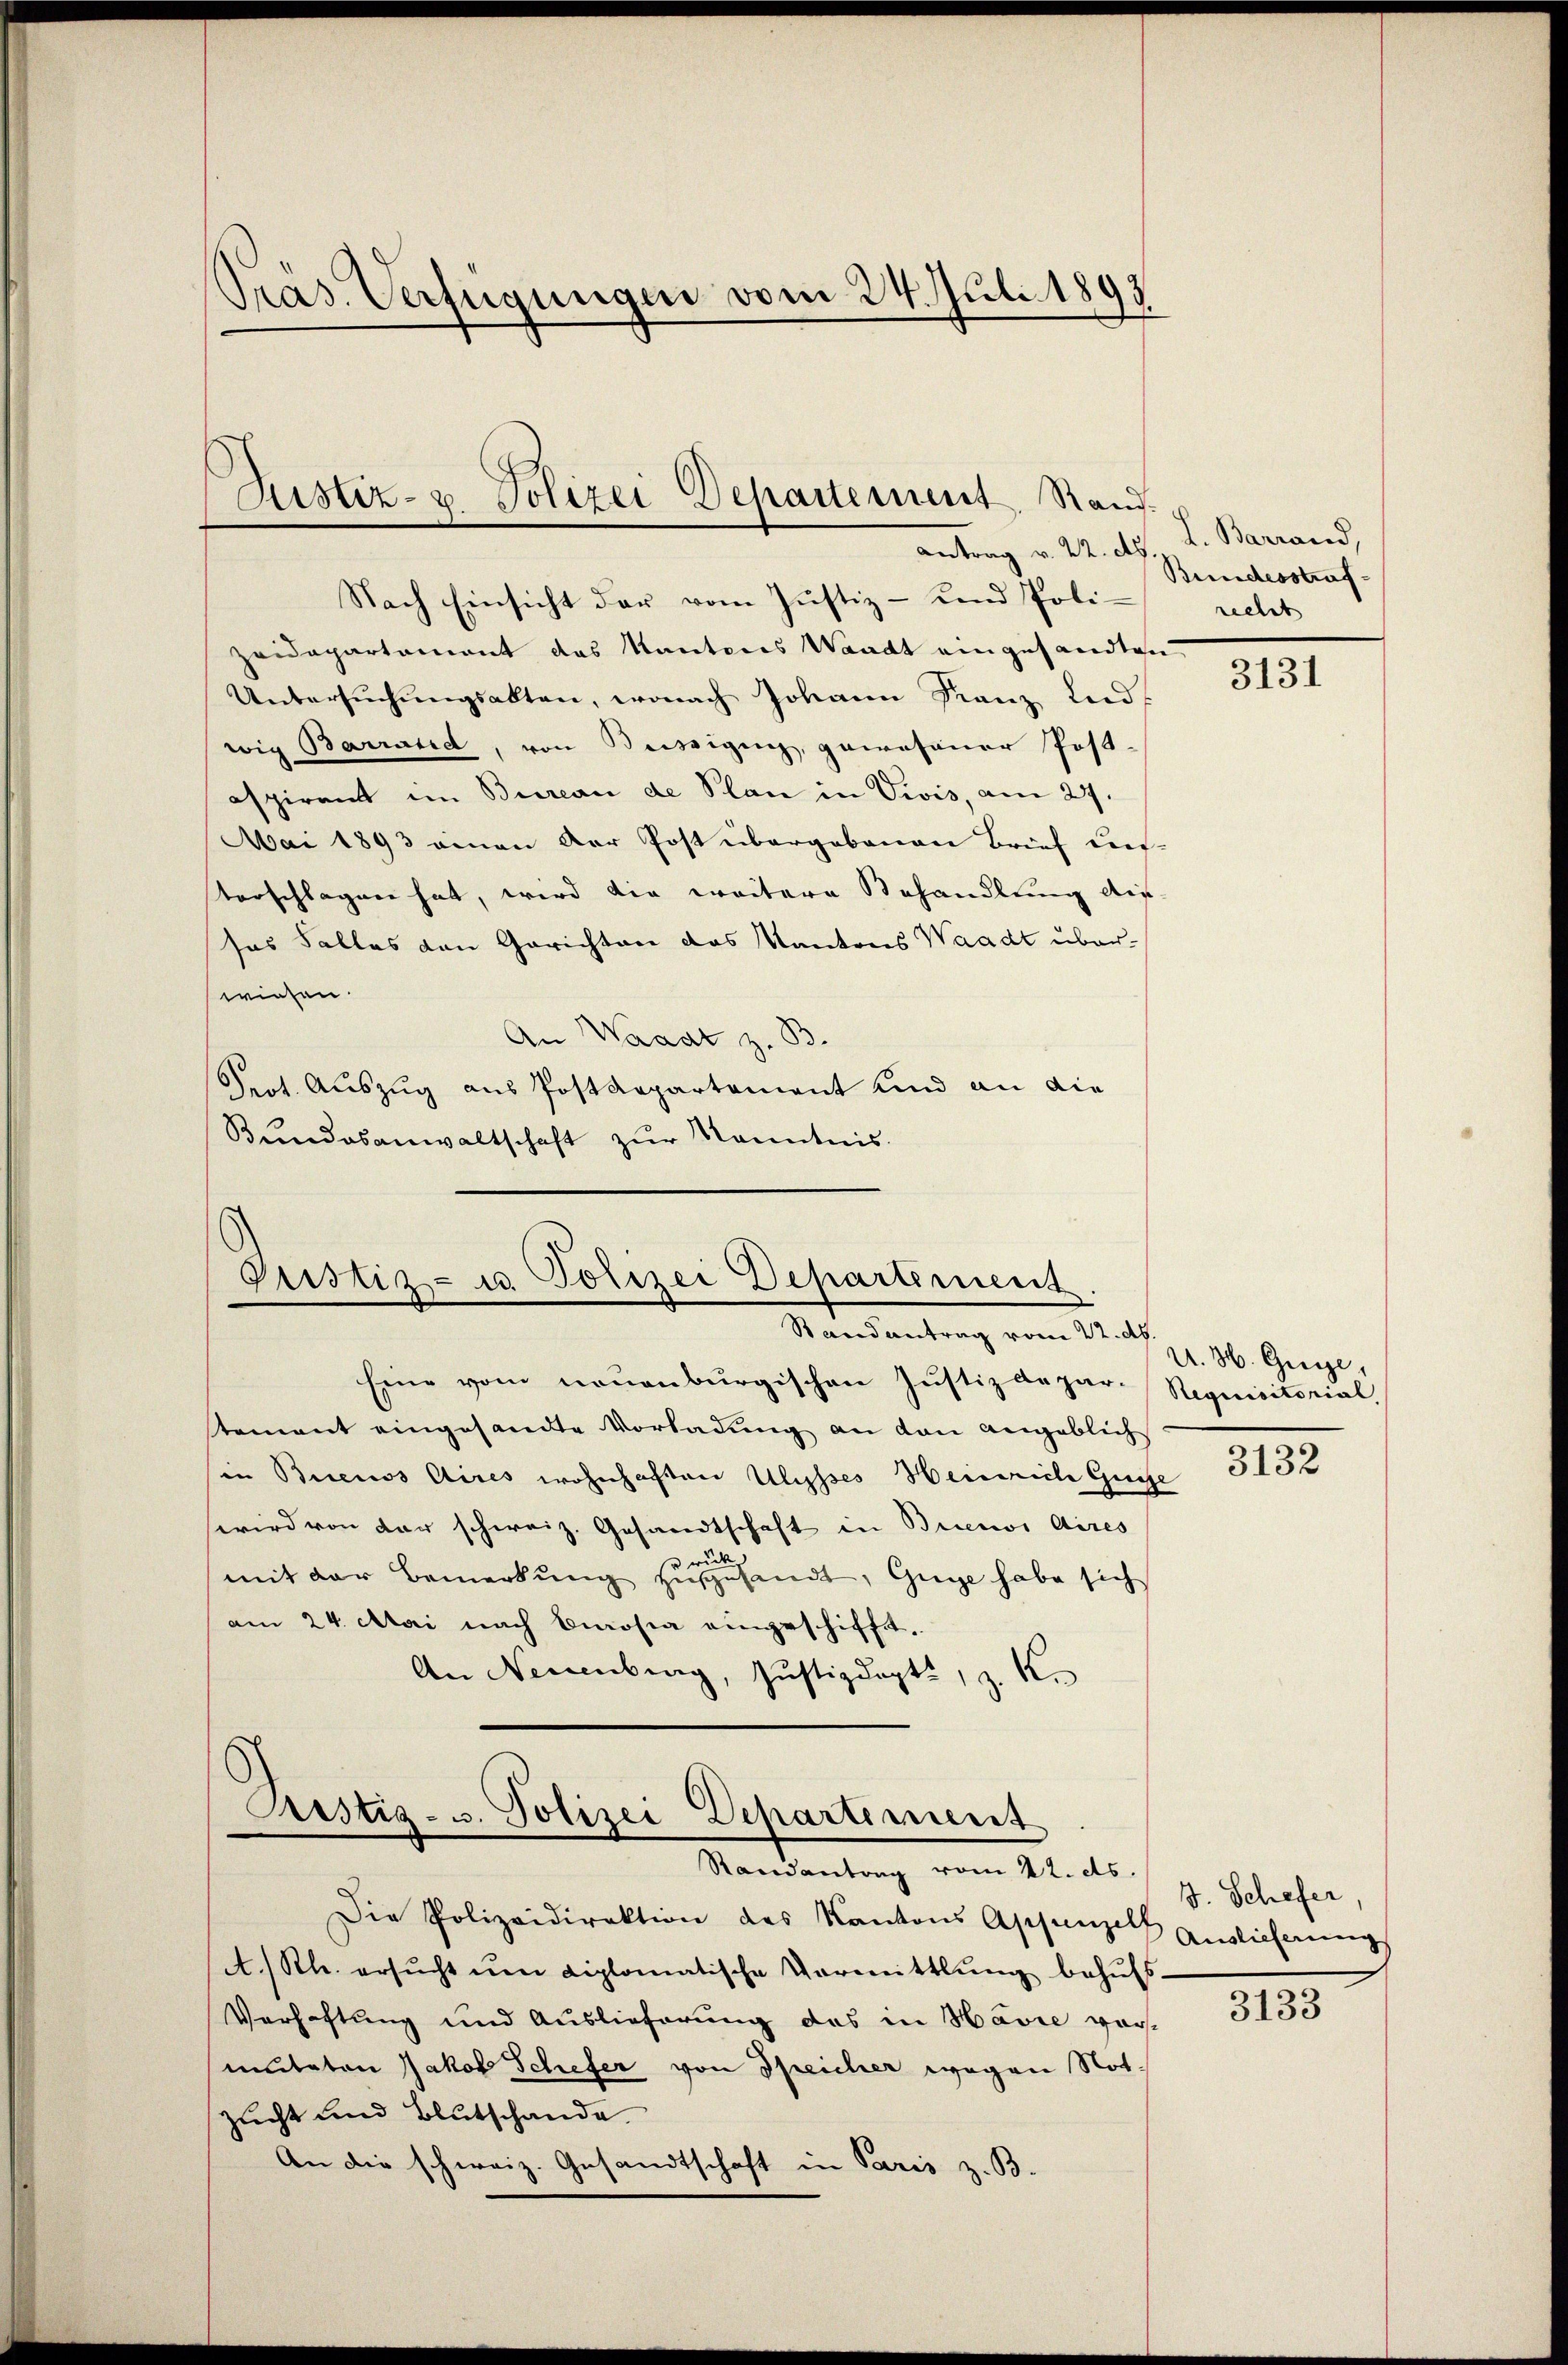
Präs. Verfügungen vom 24. Juli 1893

Nach Einsicht der vom Justiz- und Poli-
Zeidepartement das Kantones Waadt eingesandten
Untersŭchŭngsakten, wonach Johann Franz und
wig Barrarid, von Beisigung, gewesener Post-
aspirant im Bureau de Plan in Vivis, am 27.
Mai 1893 eman der Post übergebenen Brief dies-
Vorschlagen hat, wird die weitere Behandlung auf
sas Falles von Gerichtane das Kantons Waadt überwiesen.
An Waadt z. B.
Pert. Auszug aus Postdepartament und an die
Bundesanwaltschaft zur Kenntnis.

Zustiz- u. Polizei Departement, Rand¬
Antrag v. 22. A.

Justiz- u. Polizei Departement.
Randantrag vom 22. ds

Ristig- 3. Polizei Departement
Randantrag vom 22. ds. g. Schefer,

L. Barrand,
Bundesstraf
recht

Eine vom neuenburgischen Justizdepar- Requisitorial
stement eingesandte Vorladung an den angeblich
in Buenos Aires wohnhaften Ulysses Heinriche Gege
wird von der schweiz. Gesandtschaft in Buenos Aires
mit der Bemerkung zugesandt, Guge habe sich
am 24. Mai nach Carosia eingeschifft,
An Neuenburg, Justizdept., z. K.

Die Polizeidirektion des Kantons Appenze Auslieferung
A.) Kl. ersŭcht ŭm diplomatische Vermittlung behŭfs
Verhaftung und Auslieferung das in Havre vor-
muteten Jakob Schifer von Speicher wegen Not
sucht und Blutschande
An die schweiz. Gesandtschaft in Paris z. B.

3131

A. H. Grenze,

3132

3133